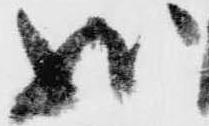
状